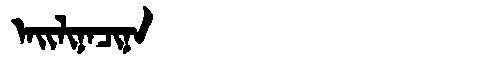
Manchu: ᠠᡳᠯᡳᠨᠠᠴᡳᠨᠠ
Romanization: AILINACINA